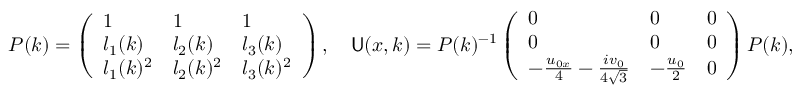
\begin{array} { r } { P ( k ) = \left( \begin{array} { l l l } { 1 } & { 1 } & { 1 } \\ { l _ { 1 } ( k ) } & { l _ { 2 } ( k ) } & { l _ { 3 } ( k ) } \\ { l _ { 1 } ( k ) ^ { 2 } } & { l _ { 2 } ( k ) ^ { 2 } } & { l _ { 3 } ( k ) ^ { 2 } } \end{array} \right) , \quad \mathsf { U } ( x , k ) = P ( k ) ^ { - 1 } \left( \begin{array} { l l l } { 0 } & { 0 } & { 0 } \\ { 0 } & { 0 } & { 0 } \\ { - \frac { u _ { 0 x } } { 4 } - \frac { i v _ { 0 } } { 4 \sqrt { 3 } } } & { - \frac { u _ { 0 } } { 2 } } & { 0 } \end{array} \right) P ( k ) , } \end{array}